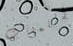
اللمسات